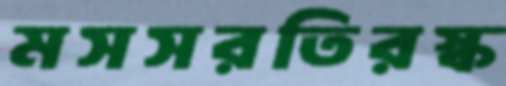
মসসরতিরস্ক